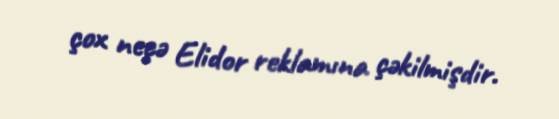
çox neçə Elidor reklamına çəkilmişdir.